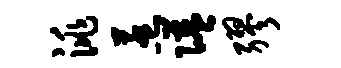
洮惹隘缪